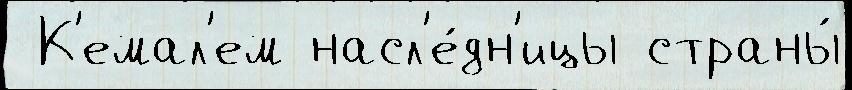
 К'емал'ем насл'е́дн'ицы страны́